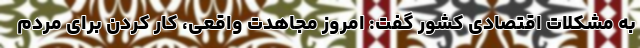
به مشکلات اقتصادی کشور گفت: امروز مجاهدت واقعی، کار کردن برای مردم